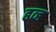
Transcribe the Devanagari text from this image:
ढव्ह